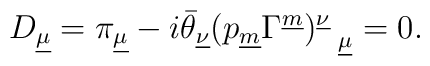
D_{\underline\mu}=\pi_{\underline\mu}-i\bar\theta_{\underline{\nu}}(p_{\underline m}\Gamma^{\underline m})^{\underline{\nu}}_{~~\underline{\mu}}=0.